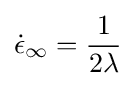
{\dot {\epsilon }}_{\infty }={\frac {1}{2\lambda }}